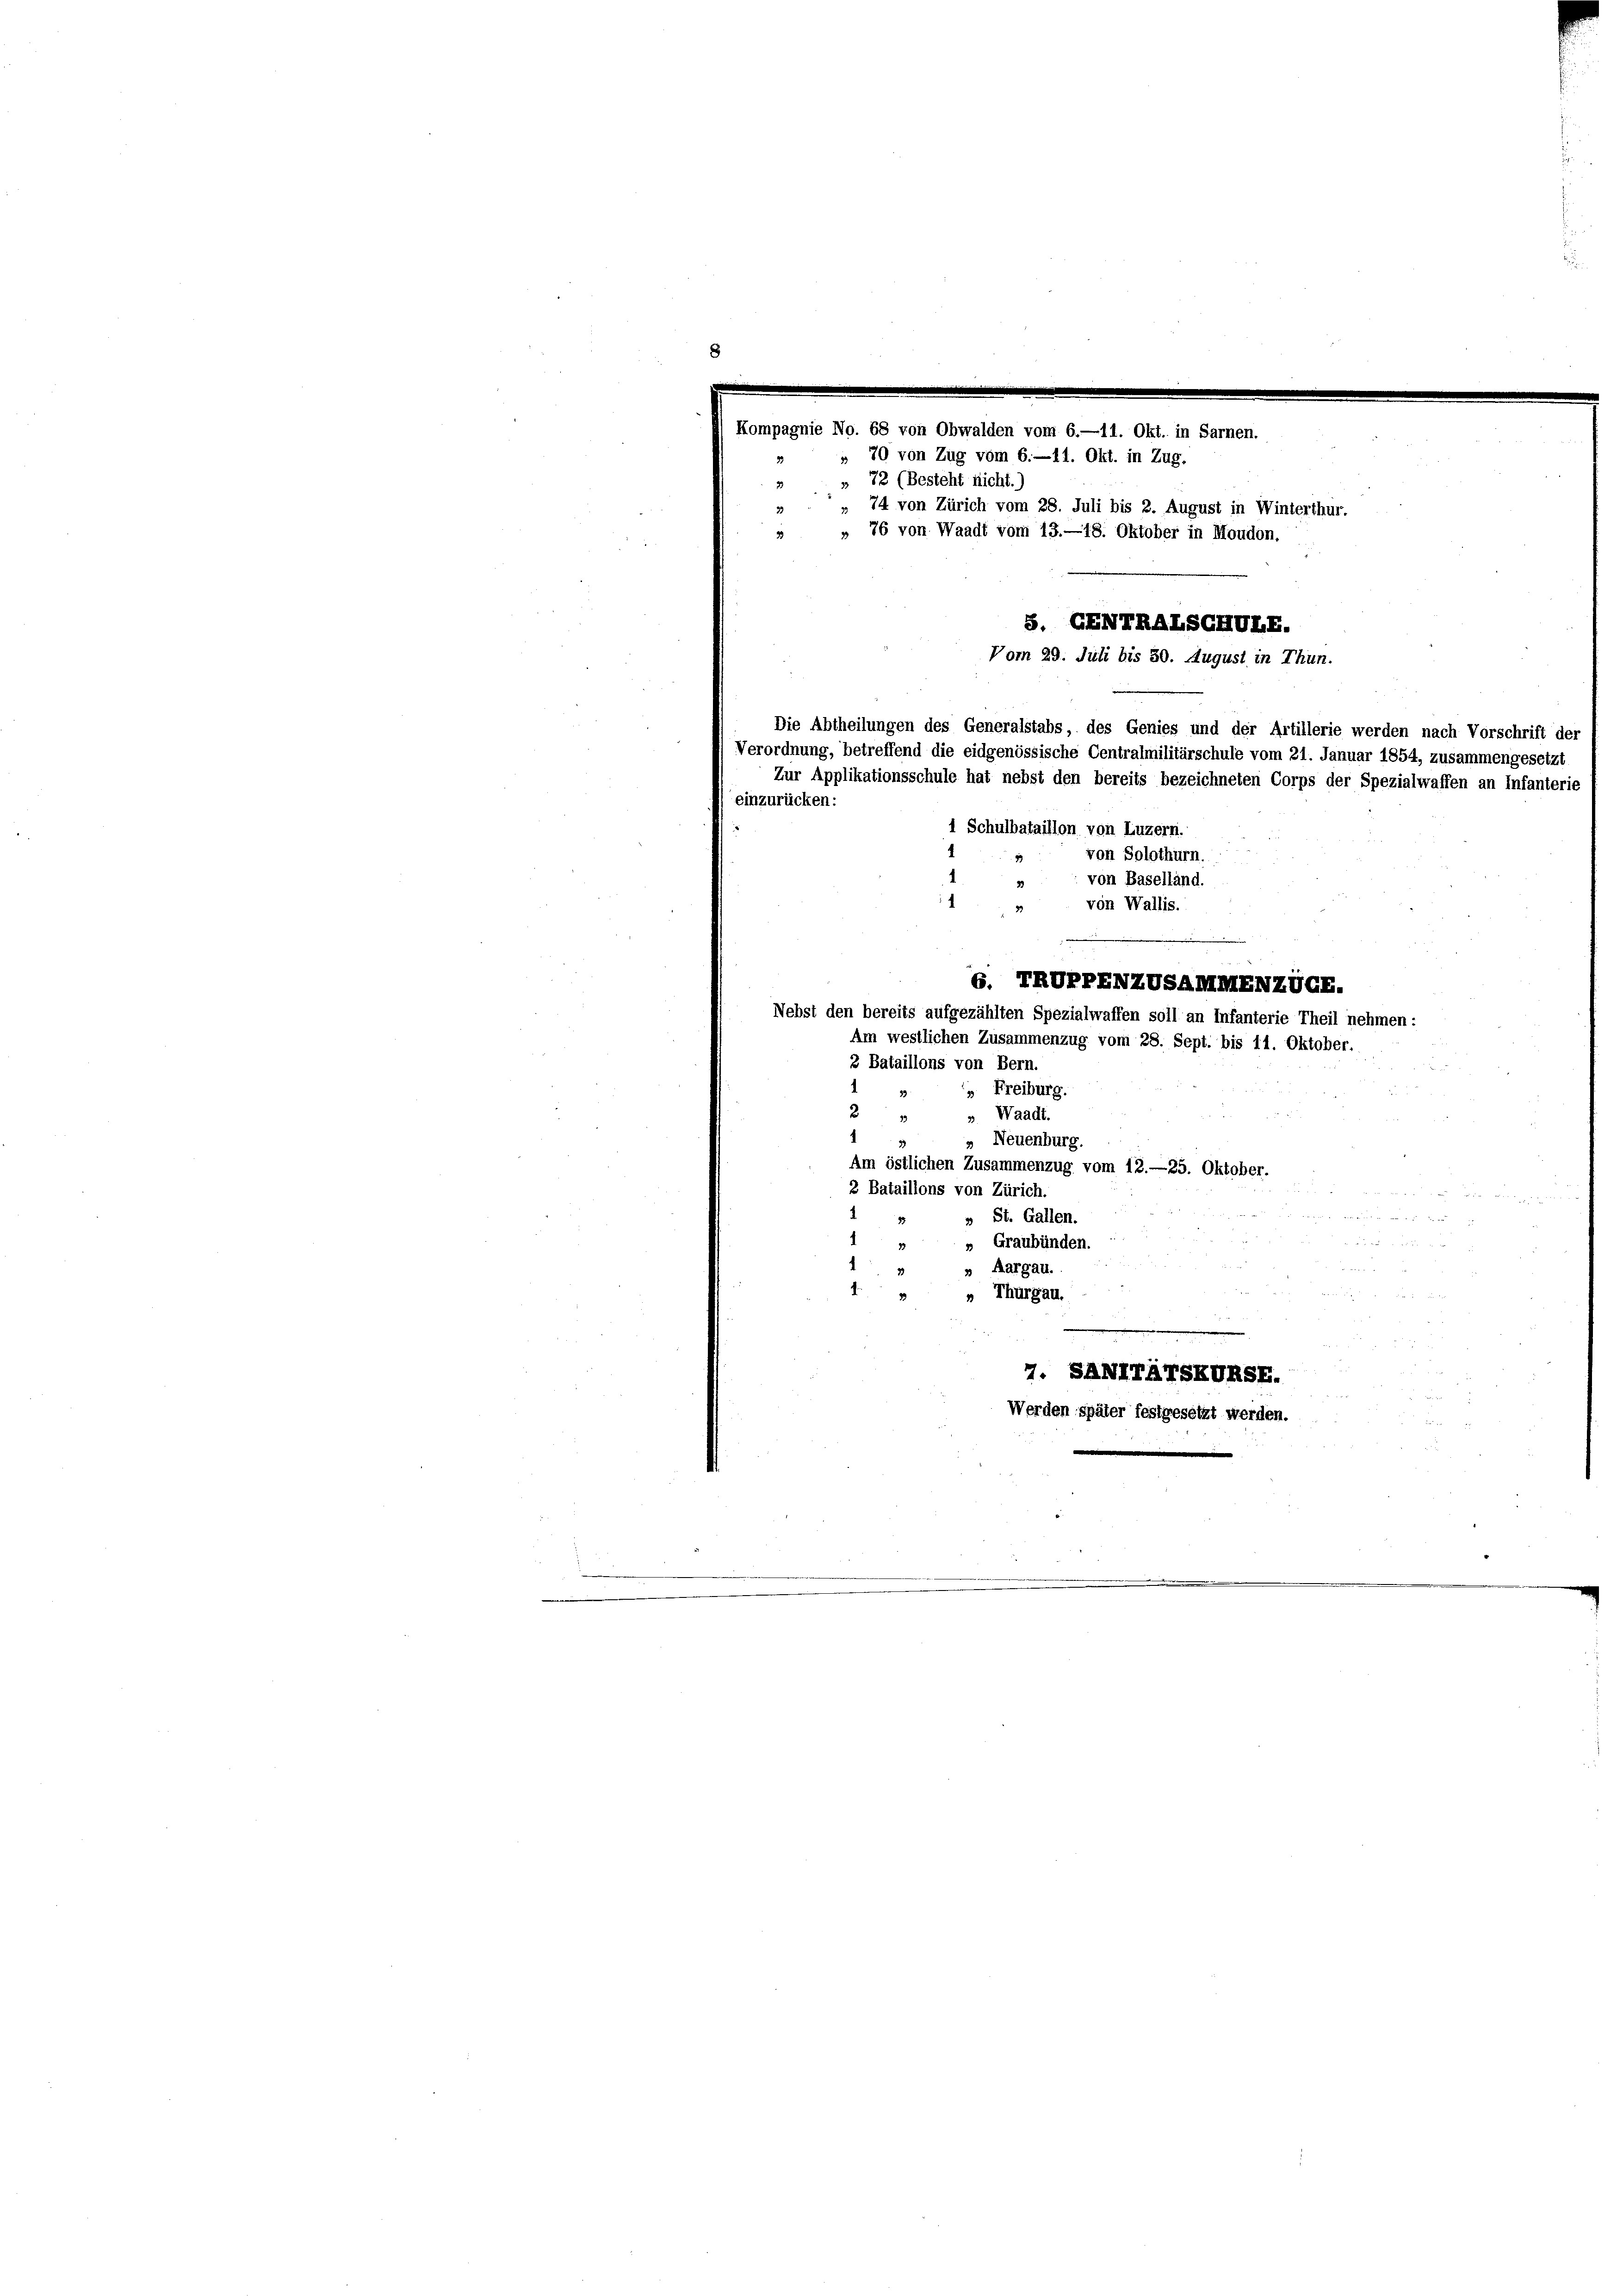
Kompagnie No. 68 von Obwalden vom 6.—11. Okt. in Sarnen.
" 70 von Zug vom 6.—11. Okt. in Zug.
72 (Besteht nicht.)
39
2.
» 74 von Zürich vom 28. Juli bis 2. August in Winterthur.
» " 76 von Waadt vom 13.—18. Oktober in Moudon.
S. GENTRALSCHULE.
Vom 29. Juli bis 50. August in Thun.
Die Abtheilungen des Generalstabs, des Genies und der Artillerie werden nach Vorschrift der
Verordnung, betreffend die eidgenössische Centralmilitärschule vom 21. Januar 1854, zusammengesetzt
Zur Applikationsschule hat nebst den bereits bezeichneten Corps der Spezialwaffen an Infanterie
einzurücken:
1 Schulbataillon von Luzern.
von Solothurn
von Baselland.
von Wallis.
6. TRVPPENZVSAMMENZUGE.
Nebst den bereits aufgezählten Spezialwaffen soll an Infanterie Theil nehmen:
Am westlichen Zusammenzug vom 28. Sept. bis 11. Oktober.
2 Bataillons von Bern.
 Freiburg.
2
». Waadt.

1
Neuenburg.
Am östlichen Zusammenzug vom 12.—25. Oktober.
2 Bataillons von Zürich.

u
» St. Gallen.
1
n
» Graubünden.
Aargau.
4
„ Thurgau.
e
7. SANTTATSKURSE.
Werden später festgesetzt werden.